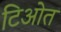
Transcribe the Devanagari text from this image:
टिओत